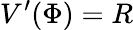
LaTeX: V^{\prime}(\Phi)=R